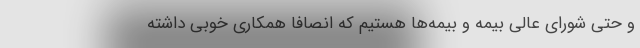
و حتی شورای عالی بیمه و بیمه‌ها هستیم که انصافا همکاری خوبی داشته